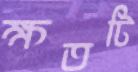
ক্ষতটি